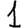
Digit: 1